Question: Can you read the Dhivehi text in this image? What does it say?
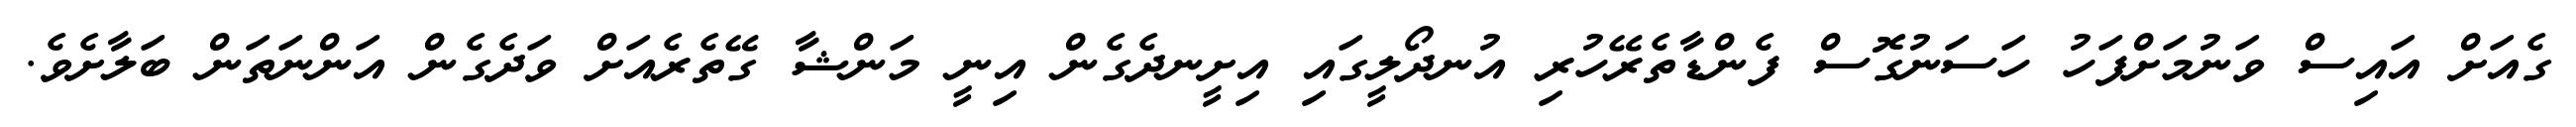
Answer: ގެއަށް އައިސް ވަނުމަށްފަހު ހަސަނުގޮސް ފެންޑާތެރޭހުރި އުނދޯލީގައި އިށީނދެގެން އިނީ މަންޝާ ގޭތެރެއަށް ވަދެގެން އަންނަތަން ބަލާށެވެ.